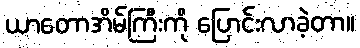
ယာတောအိမ်ကြီးကို ပြောင်းလာခဲ့တာ။